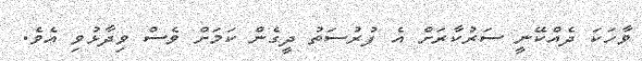
ވާހަކަ ދެއްކޭނީ ސަރުކާރަށް އެ ފުރުސަތު ދީގެން ކަމަށް ވެސް ވިދާޅުވި އެވެ.